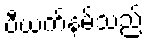
ဗီယက်နမ်သည်